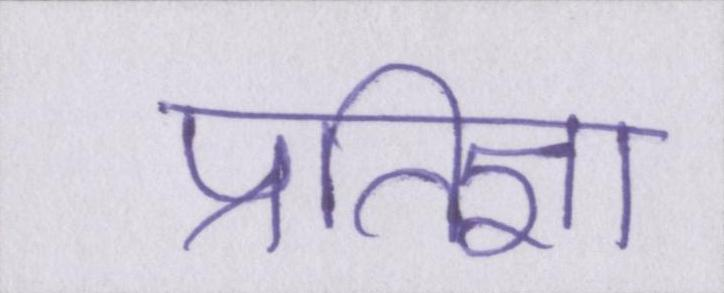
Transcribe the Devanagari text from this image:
प्रतिज्ञा